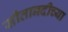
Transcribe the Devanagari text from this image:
सीतानदीच्या